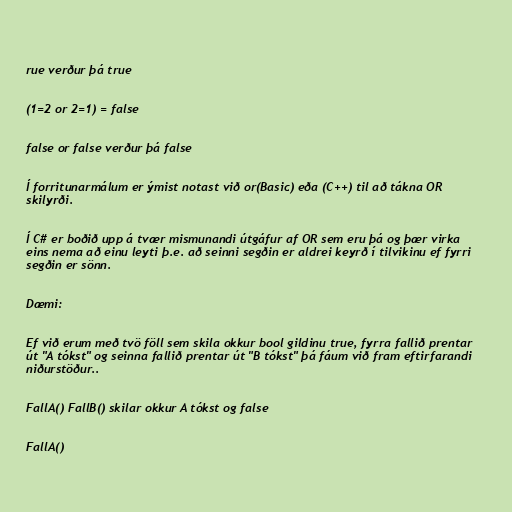
rue verður þá true

(1=2 or 2=1) = false

false or false verður þá false

Í forritunarmálum er ýmist notast við or(Basic) eða (C++) til að tákna OR
skilyrði.

Í C# er boðið upp á tvær mismunandi útgáfur af OR sem eru þá og þær virka
eins nema að einu leyti þ.e. að seinni segðin er aldrei keyrð í tilvikinu ef fyrri
segðin er sönn.

Dæmi:

Ef við erum með tvö föll sem skila okkur bool gildinu true, fyrra fallið prentar
út "A tókst" og seinna fallið prentar út "B tókst" þá fáum við fram eftirfarandi
niðurstöður..

FallA() FallB() skilar okkur A tókst og false

FallA()